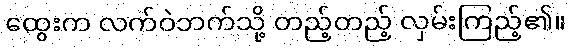
ထွေးက လက်ဝဲဘက်သို့ တည့်တည့် လှမ်းကြည့်၏။